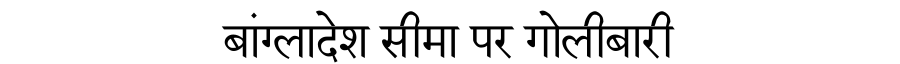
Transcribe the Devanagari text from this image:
बांग्लादेश सीमा पर गोलीबारी